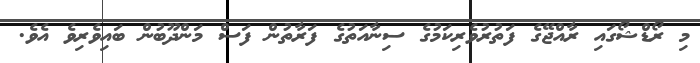
މި ރޯޑްޝޯގައި ރާއްޖޭގެ ފަތުރުވެރިކަމުގެ ސިނާއަތުގެ ފަރާތުން ފަސް މަންދޫބުން ބައިވެރިވެ އެވެ.